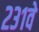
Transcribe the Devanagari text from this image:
२३१वे